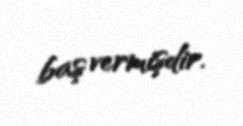
baş vermişdir.